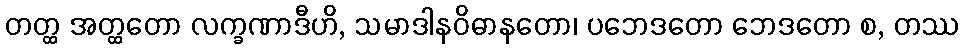
တတ္ထ အတ္ထတော လက္ခဏာဒီဟိ, သမာဒါနဝိဓာနတော၊ ပဘေဒတော ဘေဒတော စ, တဿ